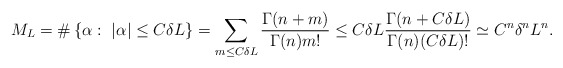
\begin{align*}M_L=\#\left\{\alpha : \ |\alpha|\leq C\delta L\right\}=\sum_{m\leq C\delta L}\frac{\Gamma(n+m)}{\Gamma(n)m!}\leq C\delta L\frac{\Gamma(n+C\delta L)}{\Gamma(n)(C\delta L)!}\simeq C^n\delta^nL^n.\end{align*}